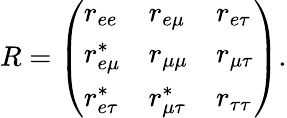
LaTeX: R=\left(\begin{array}{lll}{{r_{ee}}}&{{r_{e\mu}}}&{{r_{e\tau}}}\\ {{r_{e\mu}^{*}}}&{{r_{\mu\mu}}}&{{r_{\mu\tau}}}\\ {{r_{e\tau}^{*}}}&{{r_{\mu\tau}^{*}}}&{{r_{\tau\tau}}}\end{array}\right).